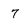
Character: 7